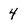
Character: 4